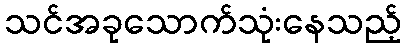
သင်အခုသောက်သုံးနေသည့်